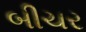
બીચર